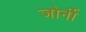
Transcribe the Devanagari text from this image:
जोर्नी